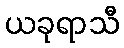
ယခုရာသီ